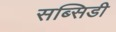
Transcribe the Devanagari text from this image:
सब्सिडी